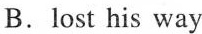
B.lost his way